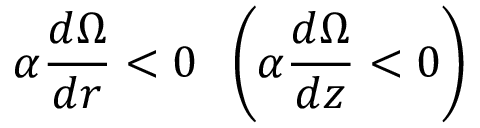
\alpha \frac { d \Omega } { d r } < 0 \; \; \left( { \alpha \frac { d \Omega } { d z } < 0 } \right)